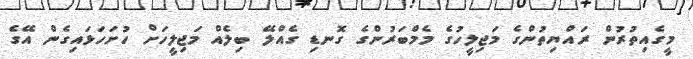
މީގެއިތުރުން ރައްޔިތުންގެ މަޖިލީހުގެ މެމްބަރުންގެ ގޮނޑި ގެއްލޭ ބިލެއް މަޖިލީހަށް ހުށަހަޅައިގެން އޭގެ